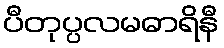
ပီတုပ္ပလမဓာရိနီ